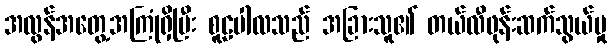
အလွန်အတွေ့အကြုံရှိပြီး စူဠပါလသည် အခြားသူ၏ တယ်လီဖုန်းဆက်သွယ်မှု